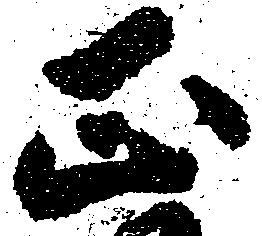
正